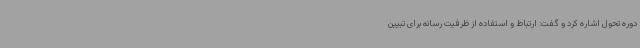
دوره تحول اشاره کرد و گفت: ارتباط و استفاده از ظرفیت رسانه برای تبیین